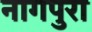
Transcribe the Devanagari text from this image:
नागपुरा